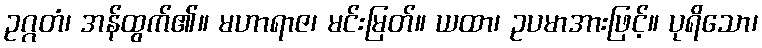
ဥဂ္ဂတံ၊ အန်ထွက်၏။ မဟာရာဇ၊ မင်းမြတ်။ ယထာ၊ ဥပမာအားဖြင့်။ ပုရိသော၊